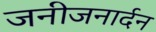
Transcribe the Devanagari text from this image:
जनीजनार्दन